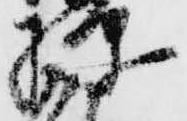
彈